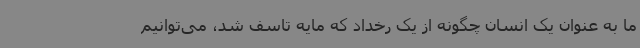
ما به عنوان یک انسان چگونه از یک رخداد که مایه تاسف شد، می‌توانیم